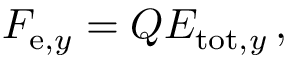
F _ { \mathrm { e } , y } = Q E _ { \mathrm { t o t } , y } \, ,